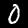
Digit: 0